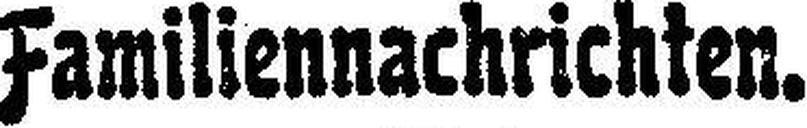
Familiennachrichten.